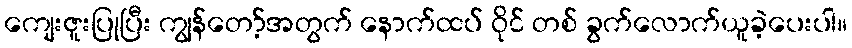
ကျေးဇူးပြုပြီး ကျွန်တော့်အတွက် နောက်ထပ် ဝိုင် တစ် ခွက်လောက်ယူခဲ့ပေးပါ။